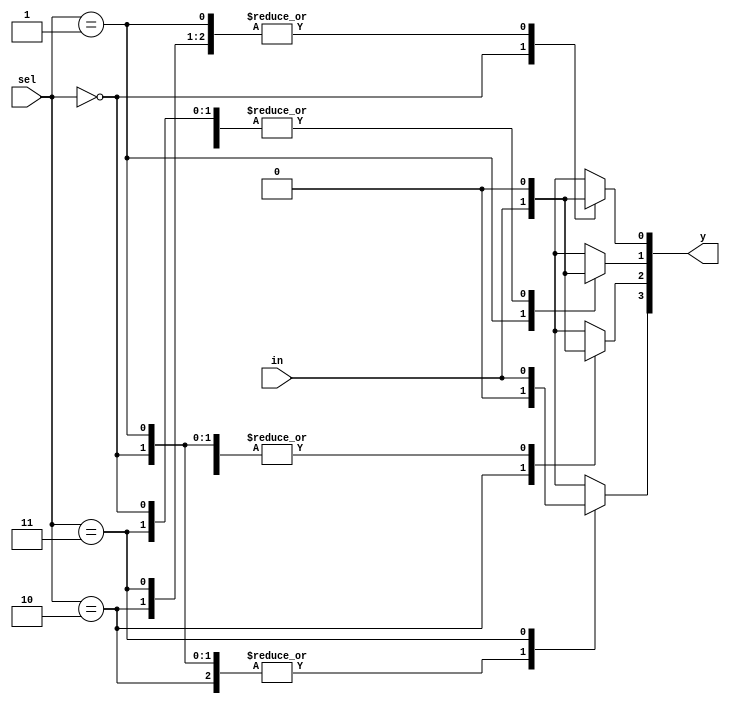
module demux1to4 (
    input in, input [1:0] sel, output reg [3:0] y
);
    always@(in, sel) begin
        case (sel)
            2'b00 : begin
                y[0] = in;
                y[1] = 0;
                y[2] = 0;
                y[3] = 0;
            end 
            2'b01 : begin
                y[0] = 0;
                y[1] = in;
                y[2] = 0;
                y[3] = 0;
            end
            2'b10 : begin
                y[0] = 0;
                y[1] = 0;
                y[2] = in;
                y[3] = 0;
            end
            2'b11 : begin
                y[0] = 0;
                y[1] = 0;
                y[2] = 0;
                y[3] = in;
            end
            default : y = 4'bxxxx; 
        endcase
    end
endmodule